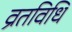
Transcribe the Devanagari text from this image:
व्रतविधि